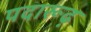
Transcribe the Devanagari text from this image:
पदारूढ़